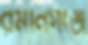
রমনিগঞ্জে